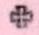
+